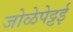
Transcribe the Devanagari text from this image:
जोळेपेट्टई